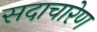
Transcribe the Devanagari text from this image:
सदाचारेण